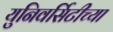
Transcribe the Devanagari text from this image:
युनिवर्सिटीच्या